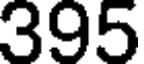
395